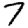
Digit: 7